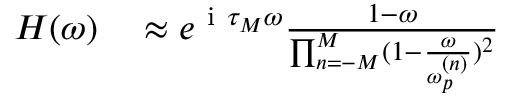
\begin{array} { r } { \begin{array} { r l } { H ( \omega ) } & { { } \approx e ^ { \mathrm { ~ i ~ } \tau _ { M } \omega } \frac { 1 - \omega } { \prod _ { n = - M } ^ { M } ( 1 - \frac { \omega } { \omega _ { p } ^ { ( n ) } } ) ^ { 2 } } } \end{array} } \end{array}